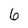
Character: 6